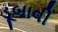
ડૂબાવી